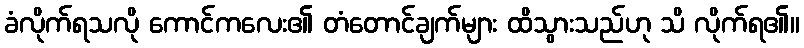
ခံလိုက်ရသလို ကောင်ကလေး၏ တံတောင်ချက်များ ထိသွားသည်ဟု သိ လိုက်ရ၏။